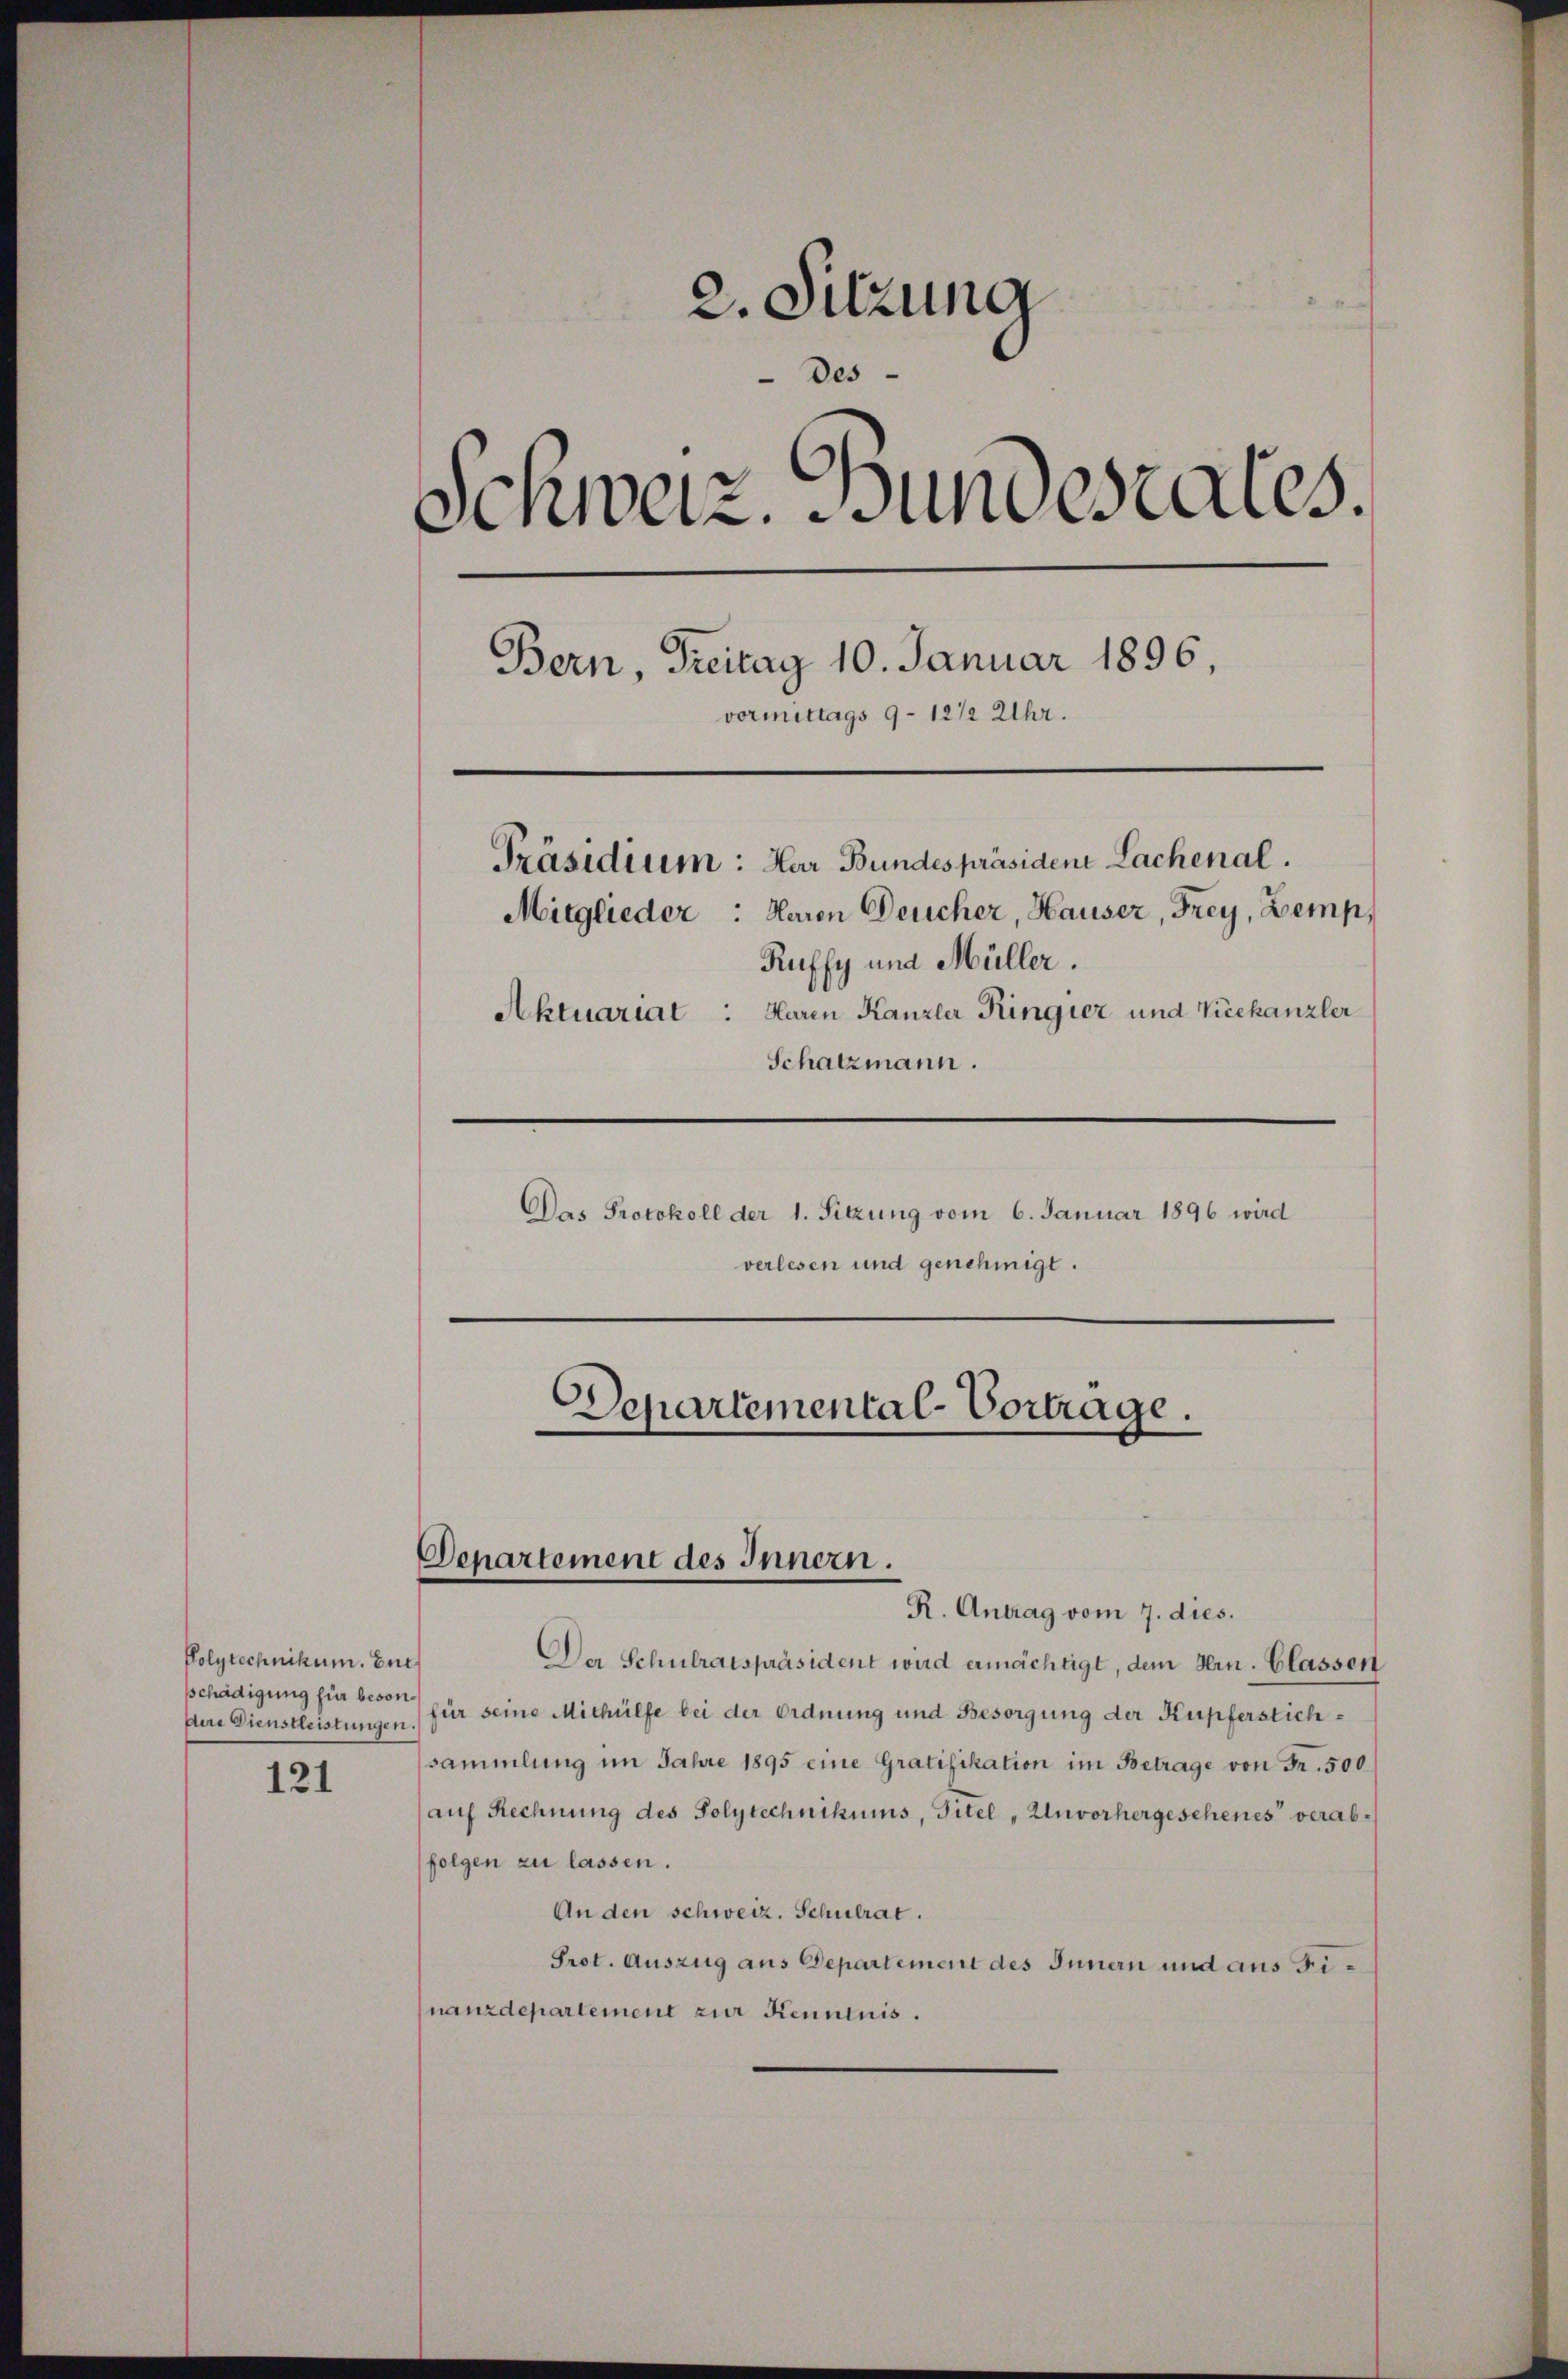
Polytechnikum. Ent
sschädigung für besonder Dienstleistungen.

121

2. Sitzung
Des
Schweiz. Sundesrates.
Bern, Freitag 10. Januar 1896
vormittags 9–12 1/2 Uhr.
Präsidium: Har Bundespräsiden Lachenal.
Mitglieder: Haren Deucher, Hauser, Frey, Zemp,
Ruffy und Müller.
Aktuariat : Haren Kanzler Ringier und Vicekanzler
Schatzmann.
Das Protokoll der 1. Sitzung vom 6. Januar 1896 wird
verlesen und genehmigt.
Departemental-Vortrage.

Denartement des Innern.

R. Antrag vom 7. dies.
Da Schulratspräsident wird ermächtigt, dem Hrn. Classen
für seine Mithülfe bei der Ordnung und Besorgung der Kupferstichsammlung im Jahre 1895 eine Gratifikation im Betrage von Fr. 500
auf Rechnung des Polytechnikums, Titel „Unvorhergesehenes verabfolgen zu lassen.
An den schweiz. Schulrat.
Prot. Auszug aus Departement des Innern und aus Finanzdepartement zur Kenntnis.